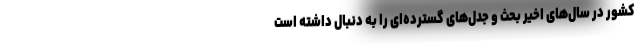
کشور در سال‌های اخیر بحث و جدل‌های گسترده‌ای را به دنبال داشته است